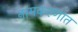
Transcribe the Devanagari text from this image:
नामकरणात